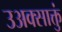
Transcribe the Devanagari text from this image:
उअक्साक्तुं